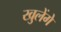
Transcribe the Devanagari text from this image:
खुलेंगे